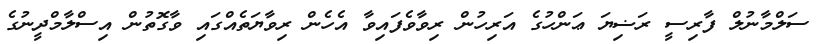
ސަލްމާނުލް ފާރިސީ ރަޟިޔަ ޢަންހުގެ އަރިހުން ރިވާވެފައިވާ އެހެން ރިވާޔަތެއްގައި ވާގޮތުން އިސްލާމްދީނުގެ